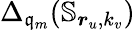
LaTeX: \Delta_{\mathfrak{q}_{m}}(\mathbb{{S}}_{\boldsymbol{r}_{u},k_{v}})